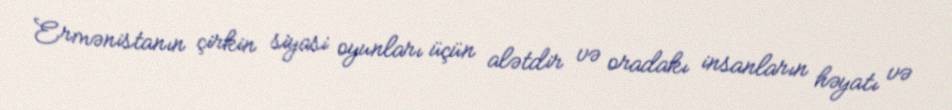
Ermənistanın çirkin siyasi oyunları üçün alətdir və oradakı insanların həyatı və